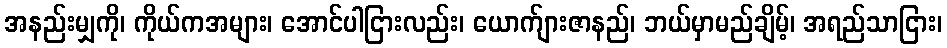
အနည်းမျှကို၊ ကိုယ်ကအများ၊ အောင်ပါငြားလည်း၊ ယောက်ျားဇာနည်၊ ဘယ်မှာမည်ချိမ့်၊ အရည်သာငြား၊